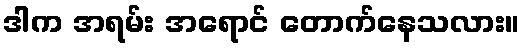
ဒါက အရမ်း အရောင် တောက်နေသလား။